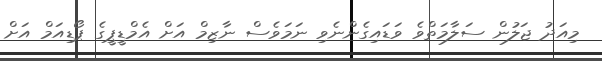
މިއަދު ޖަލުން ސަލާމަތްވެ ވަޑައިގެންނެވި ނަމަވެސް ނާޒިމް އަށް އެމްޑީޕީގެ ޕޯޑިއަމް އަށް